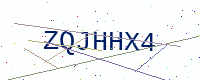
Text: ZQJHHX4